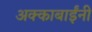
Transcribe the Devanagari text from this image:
अक्काबाईंनी